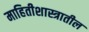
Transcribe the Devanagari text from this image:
माहितीशास्त्रातील